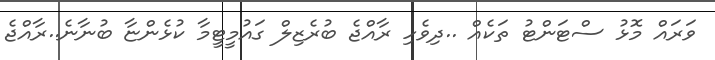
ވަރައް މޮޅު ސްޓަންޓު ތަކެއް ..ދިވެހި ރާއްޖެ ބުރެޒިލް ގައުމީޓީމާ ކުޅެންޏާ ބުނާނެ..ރާއްޖެ